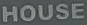
HOUSE